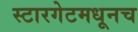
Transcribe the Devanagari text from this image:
स्टारगेटमधूनच